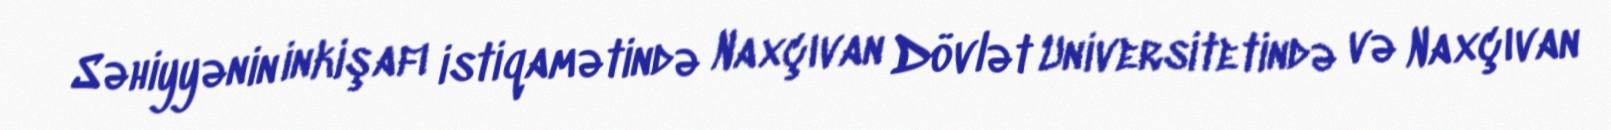
Səhiyyənin inkişafı istiqamətində Naxçıvan Dövlət Universitetində və Naxçıvan